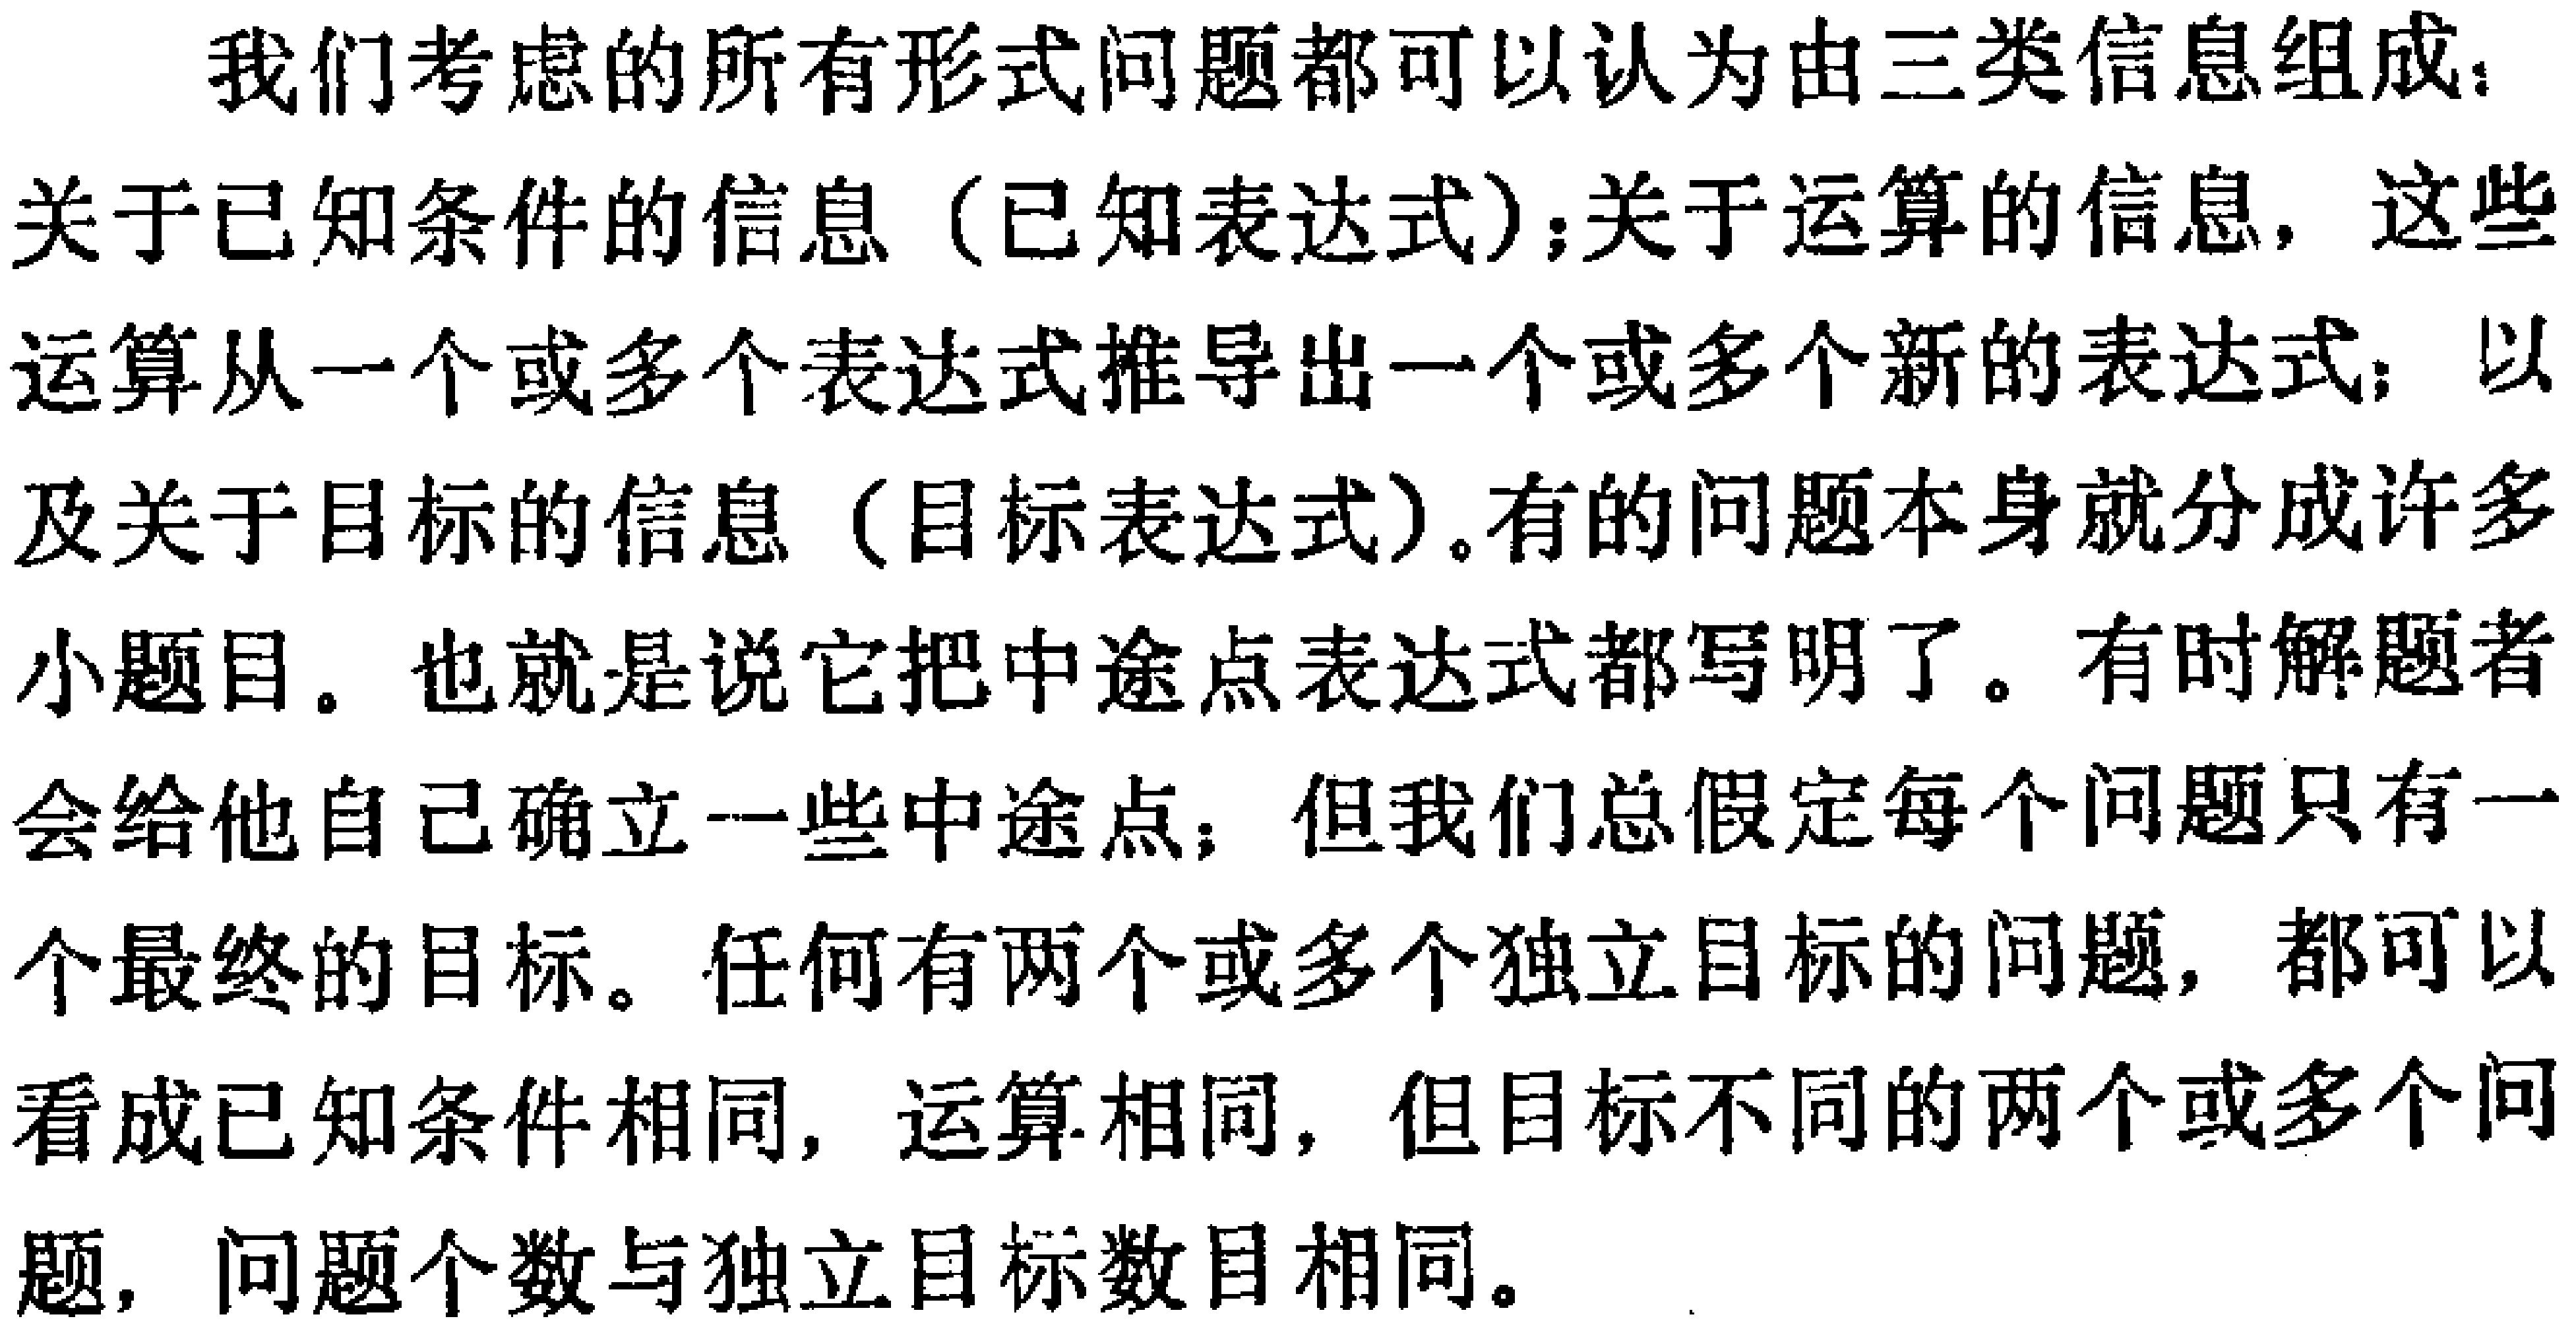
我们考虑的所有形式问题都可以认为由三类信息组成：关于已知条件的信息（已知表达式）；关于运算的信息，这些运算从一个或多个表达式推导出一个或多个新的表达式；以及关于目标的信息（目标表达式）。有的问题本身就分成许多小题目。也就是说它把中途点表达式都写明了。有时解题者会给他自己确立一些中途点；但我们总假定每个问题只有一个最终的目标。任何有两个或多个独立目标的问题，都可以看成已知条件相同，运算相同，但目标不同的两个或多个问题，问题个数与独立目标数目相同。